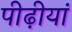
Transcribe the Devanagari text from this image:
पीढ़ीयां